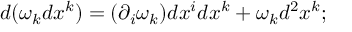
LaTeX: d ( \omega _ { k } d x ^ { k } ) = ( \partial _ { i } \omega _ { k } ) d x ^ { i } d x ^ { k } + \omega _ { k } d ^ { 2 } x ^ { k } ;